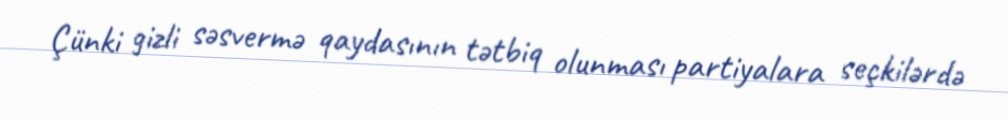
Çünki gizli səsvermə qaydasının tətbiq olunması partiyalara seçkilərdə